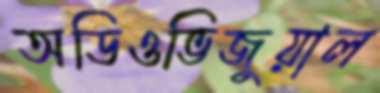
অডিওভিজুয়াল